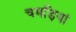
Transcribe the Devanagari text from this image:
चमड़ियां